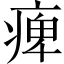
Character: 痺